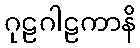
ဂုဠဂါဠကာနိ